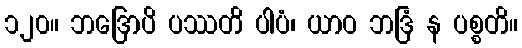
၁၂၀။ ဘဒြောပိ ပဿတိ ပါပံ၊ ယာဝ ဘဒြံ န ပစ္စတိ။